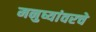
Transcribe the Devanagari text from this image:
मनुष्यांवरचे